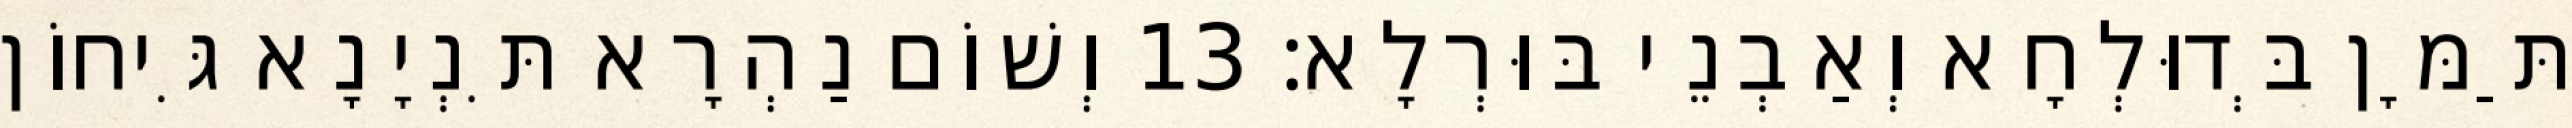
תַּמָּן בְּדוּלְחָא וְאַבְנֵי בּוּרְלָא׃ 13 וְשׁוֹם נַהְרָא תִּנְיָנָא גִּיחוֹן